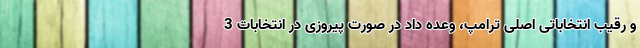
و رقیب انتخاباتی اصلی ترامپ، وعده داد در صورت پیروزی در انتخابات 3